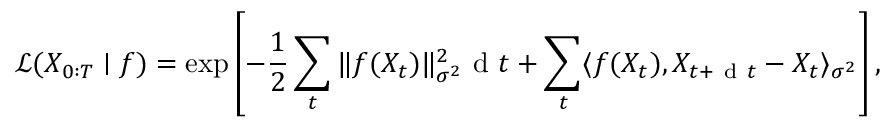
\mathcal { L } ( X _ { 0 : T } \mid f ) = \exp \left[ - \frac { 1 } { 2 } \sum _ { t } \| f ( X _ { t } ) \| _ { \sigma ^ { 2 } } ^ { 2 } \mathrm { ~ d ~ } t + \sum _ { t } \langle f ( X _ { t } ) , X _ { t + \mathrm { ~ d ~ } t } - X _ { t } \rangle _ { \sigma ^ { 2 } } \right] ,